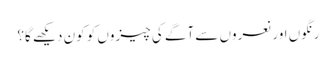
رنگوں اور نعروں سے آگے کی چیزوں کو کون دیکھے گا؟